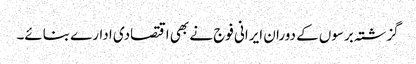
گزشتہ برسوں کے دوران ایرانی فوج نے بھی اقتصادی ادارے بنائے۔